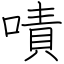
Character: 嘖